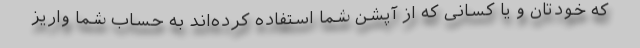
که خودتان و یا کسانی که از آپشن شما استفاده کرده‌اند به حساب شما واریز